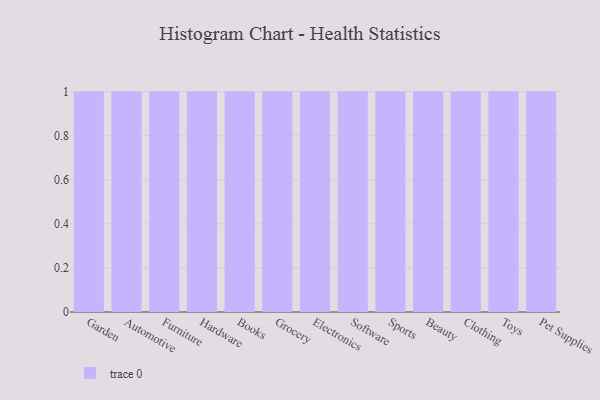
{"axis": {"x": "Category", "y": "Active Users"}, "legend": [""], "data": [{"x": "Garden", "y": 56, "type": ""}, {"x": "Automotive", "y": 94, "type": ""}, {"x": "Furniture", "y": 85, "type": ""}, {"x": "Hardware", "y": 94, "type": ""}, {"x": "Books", "y": 70, "type": ""}, {"x": "Grocery", "y": 50, "type": ""}, {"x": "Electronics", "y": 58, "type": ""}, {"x": "Software", "y": 90, "type": ""}, {"x": "Sports", "y": 36, "type": ""}, {"x": "Beauty", "y": 75, "type": ""}, {"x": "Clothing", "y": 52, "type": ""}, {"x": "Toys", "y": 5, "type": ""}, {"x": "Pet Supplies", "y": 60, "type": ""}]}